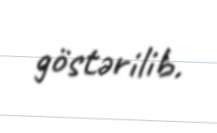
göstərilib.